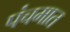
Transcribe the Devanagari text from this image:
पंचमात